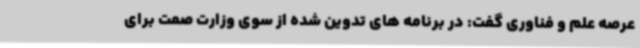
عرصه علم و فناوری گفت: در برنامه های تدوین شده از سوی وزارت صمت برای